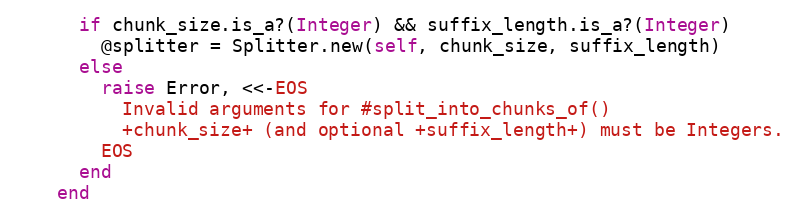
Language: Ruby
      if chunk_size.is_a?(Integer) && suffix_length.is_a?(Integer)
        @splitter = Splitter.new(self, chunk_size, suffix_length)
      else
        raise Error, <<-EOS
          Invalid arguments for #split_into_chunks_of()
          +chunk_size+ (and optional +suffix_length+) must be Integers.
        EOS
      end
    end